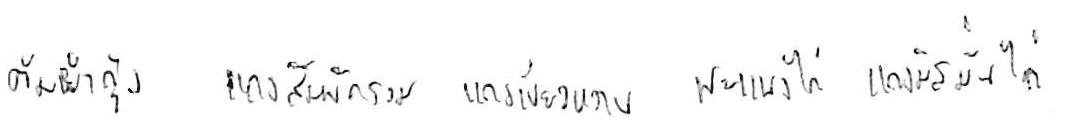
ต้มยำกุ้ง แกงส้มผักรวม แกงเขียวหวาน พะแนงไก่ แกงมัสมั่นไก่